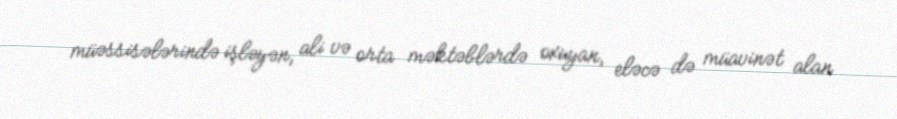
müəssisələrində işləyən, ali və orta məktəblərdə oxuyan, eləcə də müavinət alan